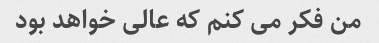
من فکر می کنم که عالی خواهد بود